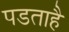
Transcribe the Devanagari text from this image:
पडताहै